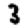
Digit: 3